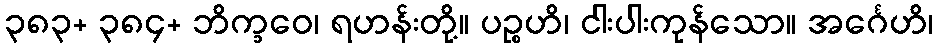
၃၈၃+ ၃၈၄+ ဘိက္ခဝေ၊ ရဟန်းတို့။ ပဉ္စဟိ၊ ငါးပါးကုန်သော။ အင်္ဂေဟိ၊